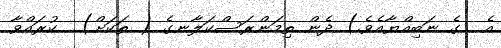
އެ  ގެ ނަބިއްޔާއެވެ.) ދެން ތިމަންރަސްކަލާނގެ ( ތަކަށް)  ކުރައްވާ